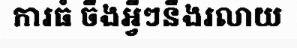
ការធំ ចឹងអ្វីៗនឹងរលាយ